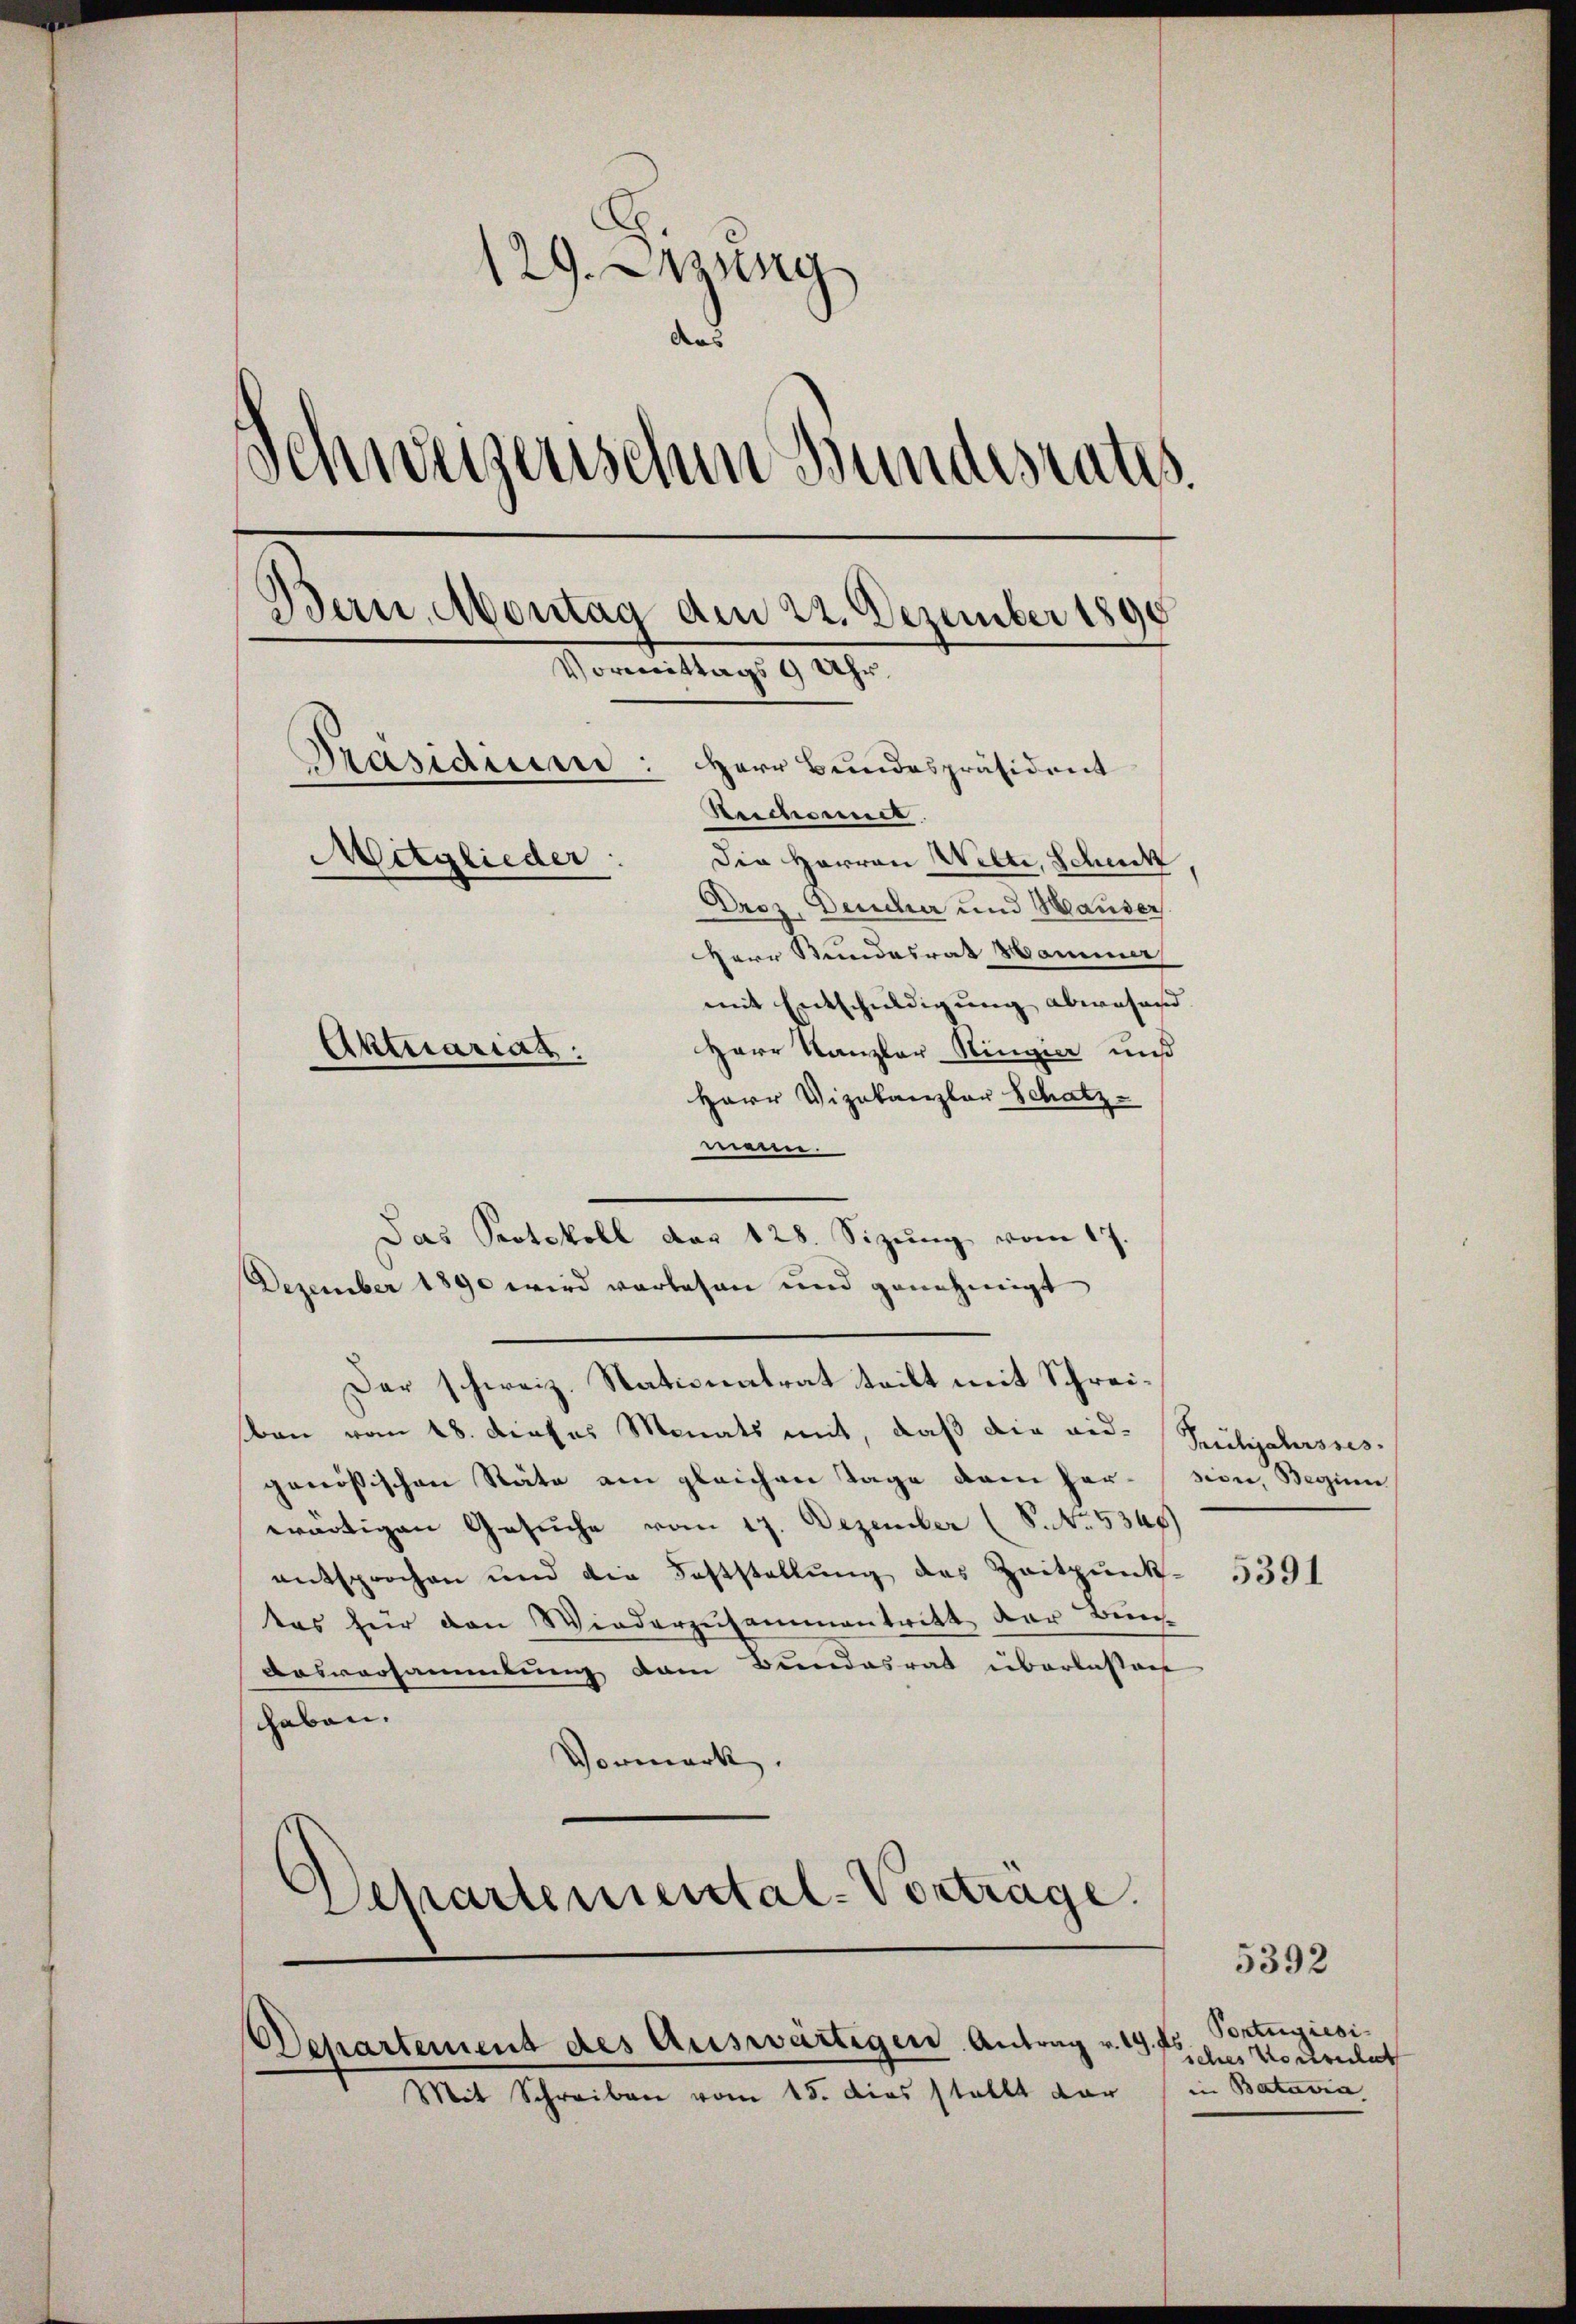
129. Jung
das
Schweizerischen Bundesrates.
Bern, Montag am 22. Dezember 1890
Vormittags 9 Uhr.
Präsidium:
Herr Bundespräsident
Reichnet
Mitglieder:
Die Herren Welti, Schick
Droz, Deucher und Hauser.
Herr Stundesrat Hammer
mit Entschuldigung abwesend.
Herr Kanzler Hingier uns
Aktuariat
Herr Vizekanzlar Schatz-

mann.
Dezember 1890 wird vorlesen und genehmigt
Der schweiz. Nationalrat teilt mit Schreiban vom 18. dieses Monats mit, daß die eid. Frühgelasses.
genössischen Stäte am gleichen Tage dem her-sion, Beginn
wärtigen Gesuche vom 17. Dezember (S. No. 5348)
entsprochen und die Feststellung des Zeitpunktes für den Wiederzusammentritt der Zürich-
Dasversammlung dem Bundesrat überlassen
haben.
Vormerk.
Separtemental-Vortrage.

Das Protokoll das 128. Sizŭng vom 17.

Departement des Auswärtigen Antrag v. 19. Es
Mit Schreiben vom 15. dies stellt dar

5391

5392

Portugiesi-
sches Vortricht
in Batavia